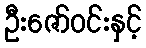
ဦးဇော်ဝင်းနှင့်